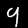
Digit: 9